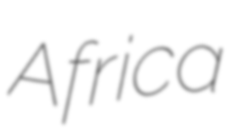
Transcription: Africa